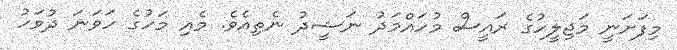
މިފަށަނީ މަޖިލީހުގެ ރައީސް މުހައްމަދު ނަޝީދު ނެތިއެވެ. މެއި މަހުގެ ހަވަނަ ދުވަހު